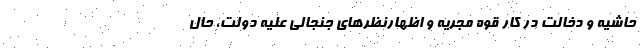
حاشیه و دخالت در کار قوه مجریه و اظهارنظرهای جنجالی علیه دولت، حال